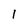
Character: I